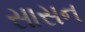
સાસન